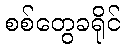
စစ်တွေခရိုင်